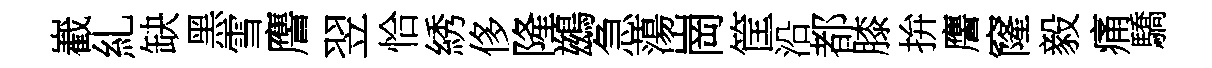
嶻糺缺黑雪譍翌恰綉侈隆鷀急蕩崗筐沿都膝拚譍窿毅痛驕